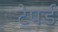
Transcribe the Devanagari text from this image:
टेपर्ड